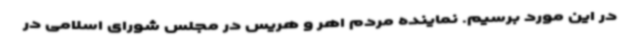
در این مورد برسیم. نماینده مردم اهر و هریس در مجلس شورای اسلامی در